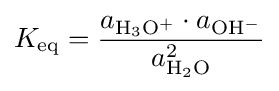
K_{\rm {eq}}={\frac {a_{\rm {H_{3}O^{+}}}\cdot a_{\rm {OH^{-}}}}{a_{\rm {H_{2}O}}^{2}}}